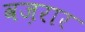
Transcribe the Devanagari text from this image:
वज़रार